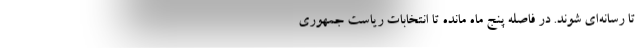
تا رسانه‌ای شوند. در فاصله پنج ماه مانده تا انتخابات ریاست جمهوری